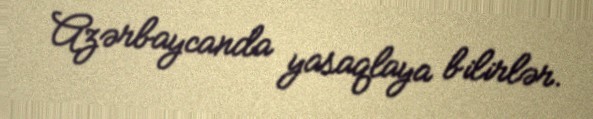
Azərbaycanda yasaqlaya bilirlər.